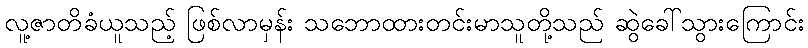
လူ့ဇာတိခံယူသည့် ဖြစ်လာမှန်း သဘောထားတင်းမာသူတို့သည် ဆွဲခေါ်သွားကြောင်း